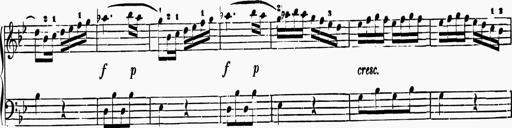
Title: 6 Sonatas
Composer: Muzio Clementi